Lunatic asylums Bombay report 1878-1890 - 1878-1890
Year: 1878
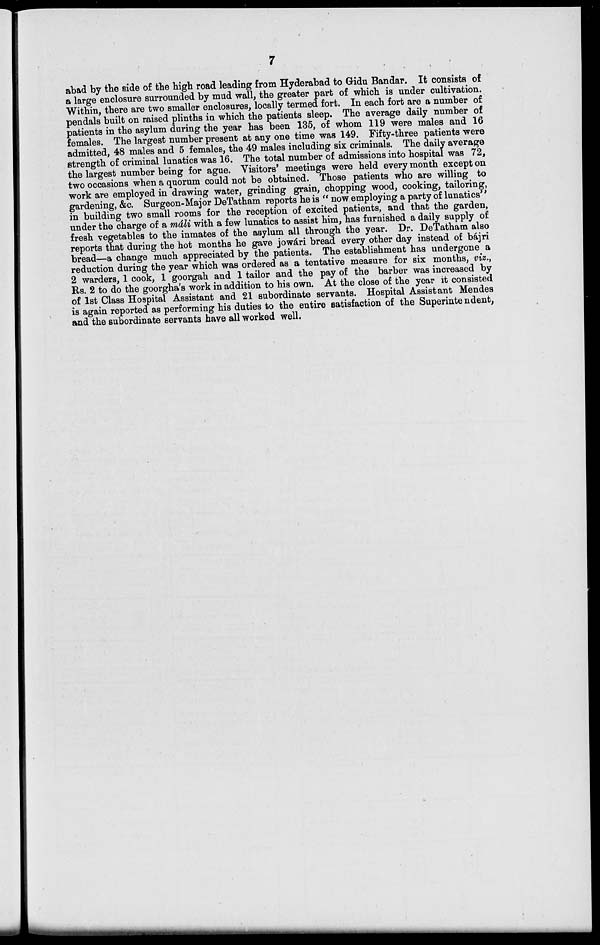
7
abad by the side of the high road leading from Hyderabad to Gidu Bandar. It consists of
a large enclosure surrounded by mud wall, the greater part of which is under cultivation.
Within, there are two smaller enclosures, locally termed fort. In each fort are a number of
pendals built on raised plinths in which the patients sleep. The average daily number of
patients in the asylum during the year has been 135, of whom 119 were males and 16
females. The largest number present at any one time was 149. Fifty-three patients were
admitted, 48 males and 5 females, the 49 males including six criminals. The daily average
strength of criminal lunatics was 16. The total number of admissions into hospital was 72,
the largest number being for ague. Visitors' meetings were held every month except on
two occasions when a quorum could not be obtained. Those patients who are willing to
work are employed in drawing water, grinding grain, chopping wood, cooking, tailoring,
gardening, &c. Surgeon-Major DeTatham reports he is "now employing a party of lunatics''
in building two small rooms for the reception of excited patients, and that the garden,
under the charge of a máli with a few lunatics to assist him, has furnished a daily supply of
fresh vegetables to the inmates of the asylum all through the year. Dr. DeTatham also
reports that during the hot months he gave jowári bread every other day instead of bájri
bread—a change much appreciated by the patients. The establishment has undergone a
reduction during the year which was ordered as a tentative measure for six months, viz.,
2 warders, 1 cook, 1 goorgah and 1 tailor and the pay of the barber was increased by
Rs. 2 to do the goorgha's work in addition to his own. At the close of the year it consisted
of 1st Class Hospital Assistant and 21 subordinate servants. Hospital Assistant Mendes
is again reported as performing his duties to the entire satisfaction of the Superintendent,
and the subordinate servants have all worked well.